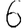
Digit: 6